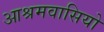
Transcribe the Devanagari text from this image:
आश्रमवासियो